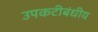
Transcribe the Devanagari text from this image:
उपकटीबंधीय